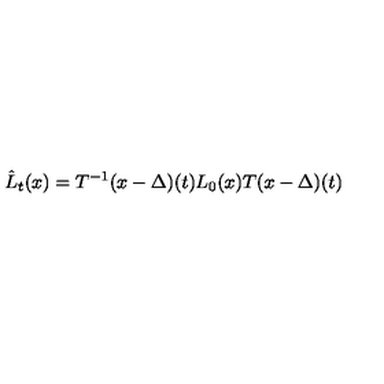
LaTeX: \hat { L } _ { t } ( x ) = T ^ { - 1 } ( x - \Delta ) ( t ) L _ { 0 } ( x ) T ( x - \Delta ) ( t )